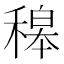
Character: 𥡅